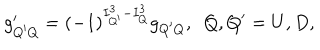
g _ { Q ^ { \prime } Q } ^ { \prime } = { ( - 1 ) } ^ { I _ { Q ^ { \prime } } ^ { 3 } - I _ { Q } ^ { 3 } } g _ { Q ^ { \prime } Q } , \ \ Q , Q ^ { \prime } = U , D ,